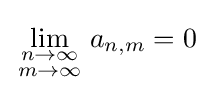
\lim _{\begin{smallmatrix}n\to \infty \\m\to \infty \end{smallmatrix}}a_{n,m}=0